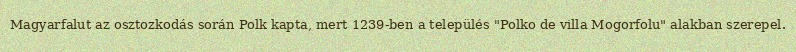
Magyarfalut az osztozkodás során Polk kapta, mert 1239-ben a település "Polko de villa Mogorfolu" alakban szerepel.